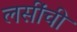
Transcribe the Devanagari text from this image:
लसींची